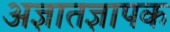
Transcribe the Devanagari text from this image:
अज्ञातज्ञापक